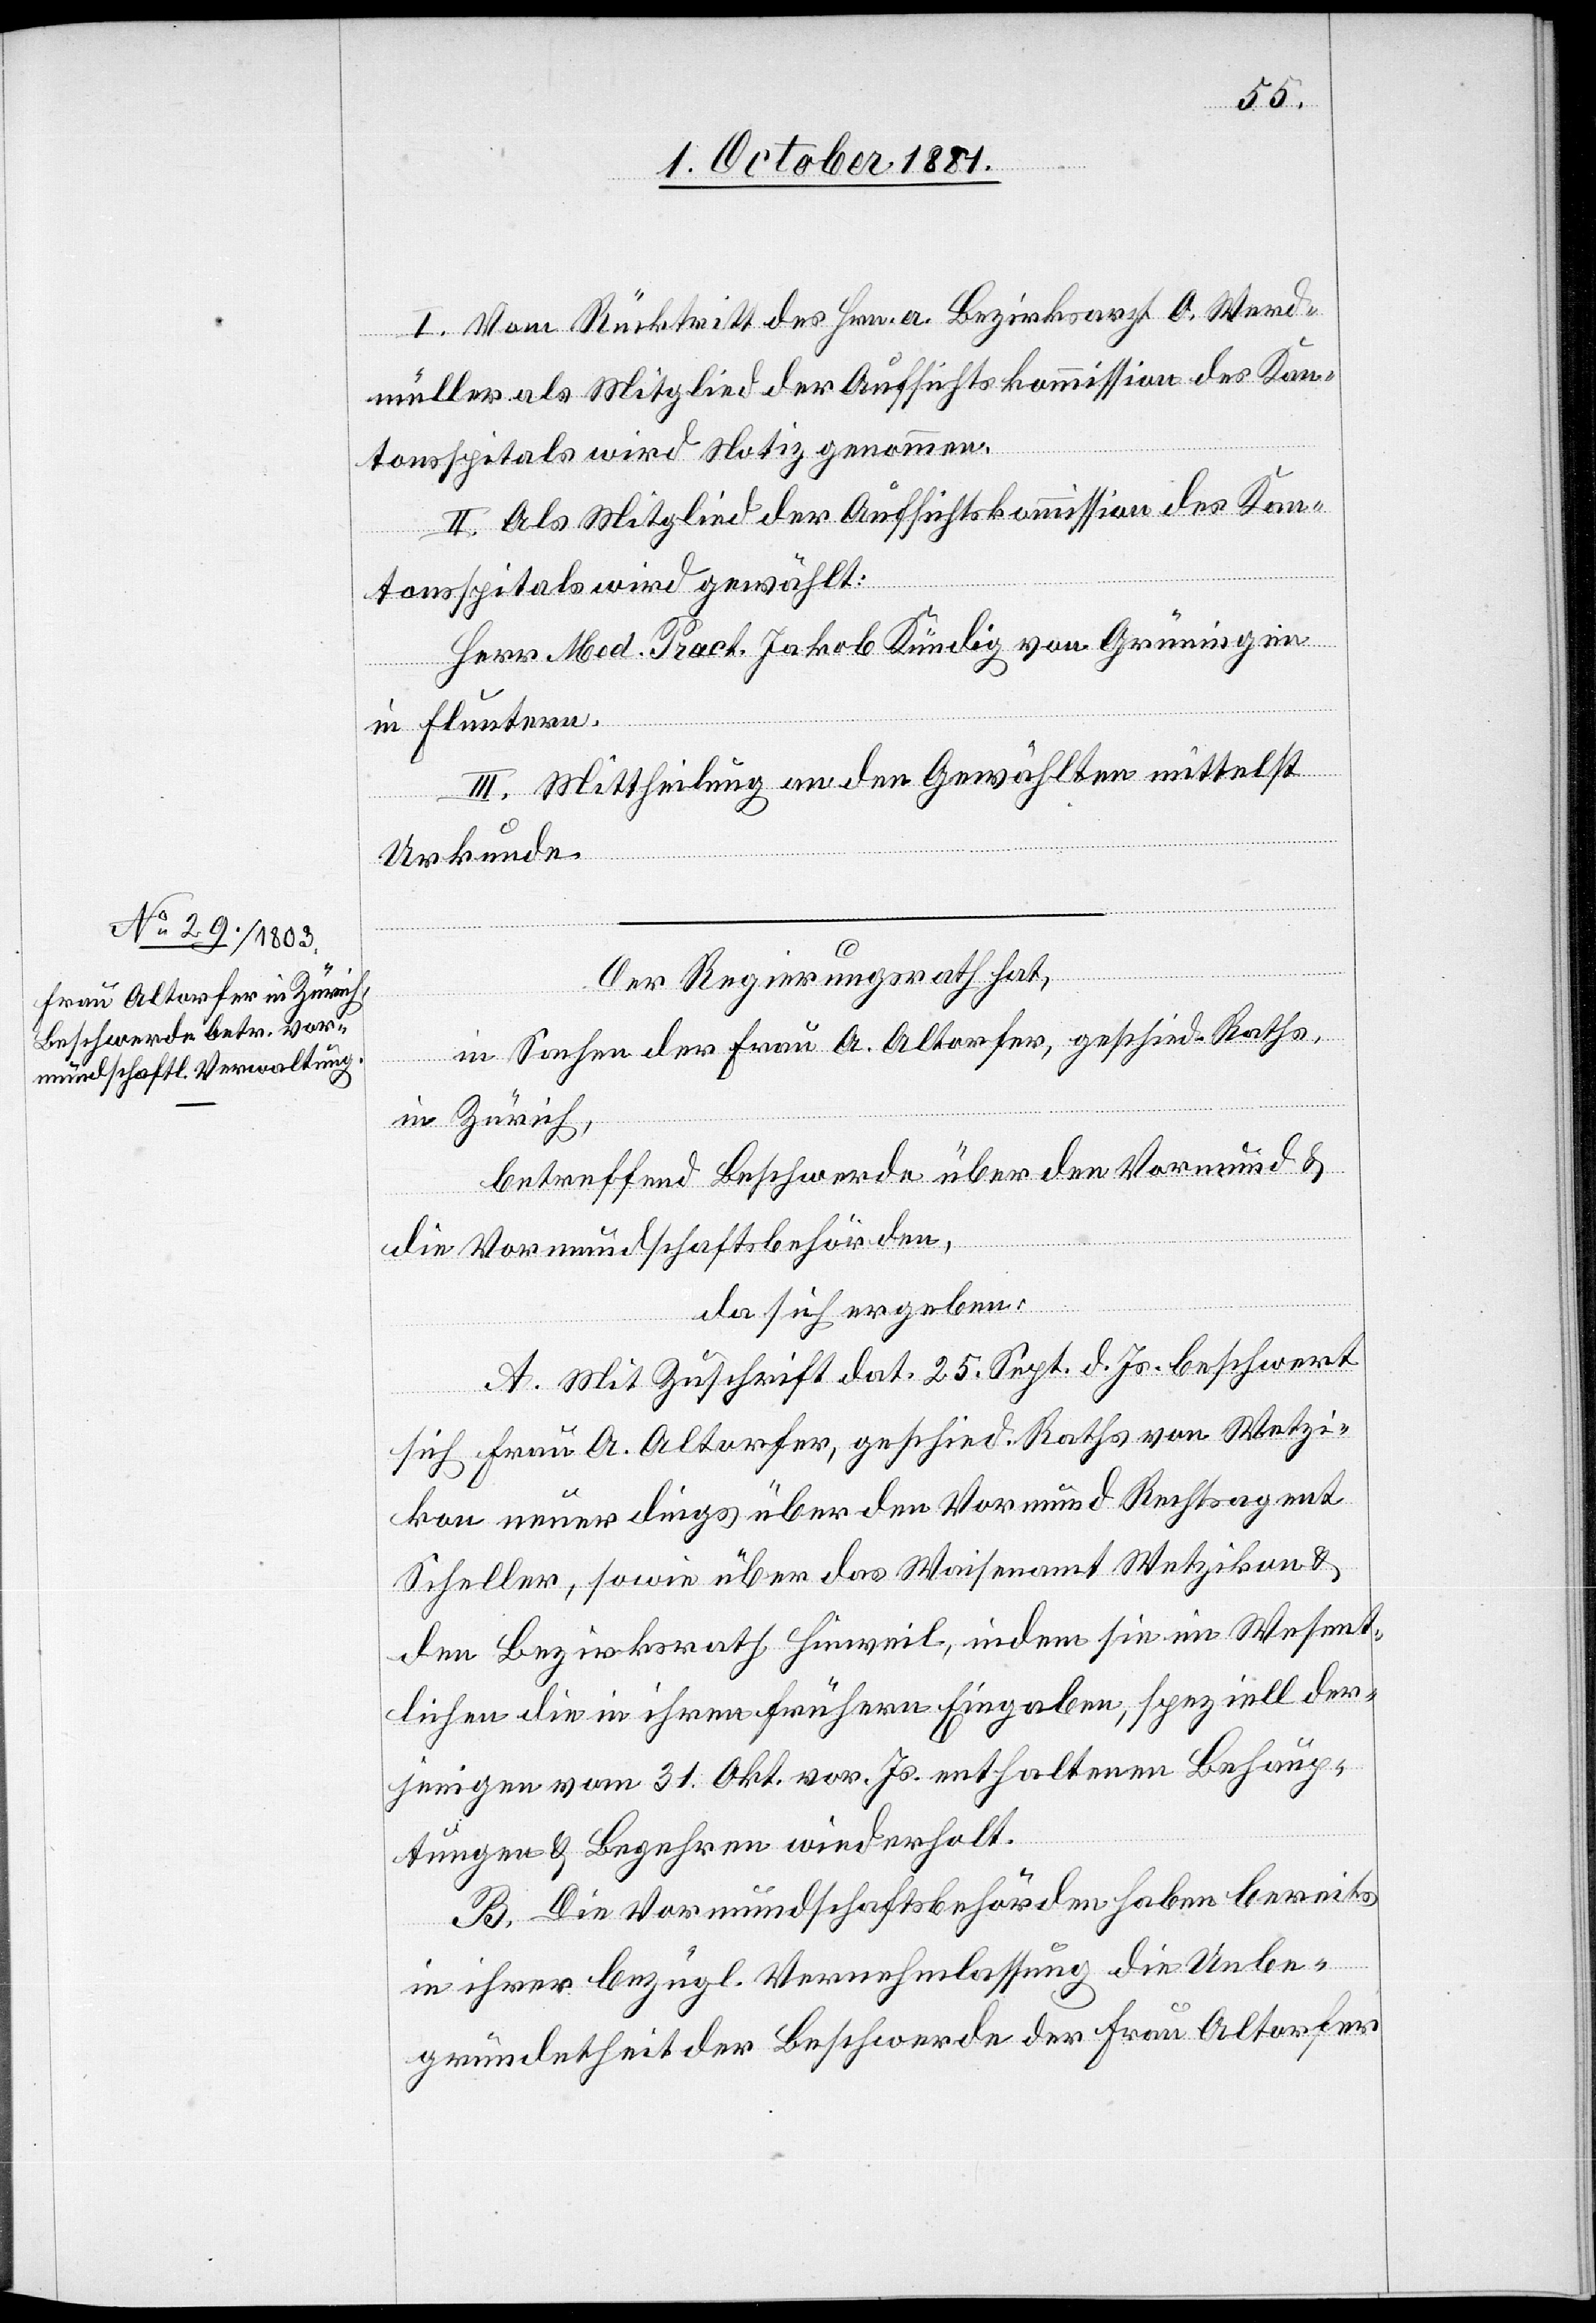
I. Vom Rücktritt des Hrn. a. Bezirksrath O. Werd¬
müller als Mitglied der Aufsichtskommission des Kan¬
tonsspitals wird Notiz genommen.
II. Als Mitglied der Aufsichtskommission des Kan¬
tonsspitals wird gewählt:
Herr Med. Pract. Jakob Kündig von Grüningen
in Fluntern.
III. Mittheilung an den Gewählten mittelst
Urkunde.
Der Regierungsrath hat,
in Sachen der Frau A. Altorfer, geschied. Raths,
in Zürich,
betreffend Beschwerde über den Vormund &
die Vormundschaftsbehörde,
da sich ergeben:
A. Mit Zuschrift dat. 25. Sept. d. Js. beschwert
sich Frau A. Altorfer, geschied. Raths von Wetzi¬
kon neuerdings über den Vormund Rechtsagent
Scheller, sowie über das Waisenamt Wetzikon &
den Bezirksrath Hinweil, indem sie im Wesent¬
lichen die in ihren frühern Eingaben, speziell der¬
jenigen vom 31. Okt. vor. Js. enthaltenen Behaup¬
tungen & Begehren wiederholt.
B. Die Vormundschaftsbehörden haben bereits
in ihrer bezügl. Vernehmlassung die Unbe¬
gründetheit der Beschwerde der Frau Altorfer